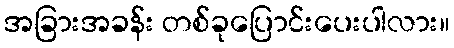
အခြားအခန်း တစ်ခုပြောင်းပေးပါလား။